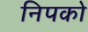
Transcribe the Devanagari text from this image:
निपको